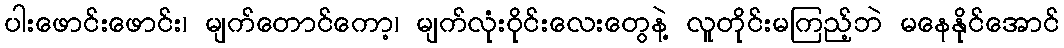
ပါးဖောင်းဖောင်း၊ မျက်တောင်ကော့၊ မျက်လုံးဝိုင်းလေးတွေနဲ့ လူတိုင်းမကြည့်ဘဲ မနေနိုင်အောင်